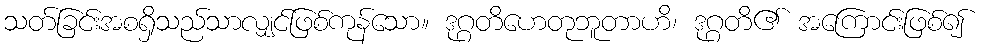
သတ်ခြင်းအစရှိသည်သာလျှင်ဖြစ်ကုန်သော။ ဒုဂ္ဂတိဟေတုဘူတာဟိ၊ ဒုဂ္ဂတိ၏ အကြောင်းဖြစ်၍